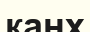
канх